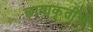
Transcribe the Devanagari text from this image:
छायाकृतींचे